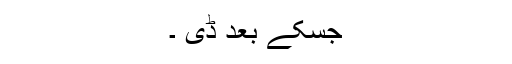
جسکے بعد ڈی ۔